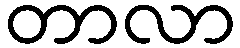
တာလာ